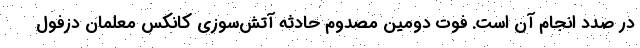
در صدد انجام آن است. فوت دومین مصدوم حادثه آتش‌سوزی کانکس معلمان دزفول